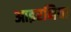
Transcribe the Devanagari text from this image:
आइरनिया